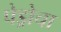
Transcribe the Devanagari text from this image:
पेड्रोचा